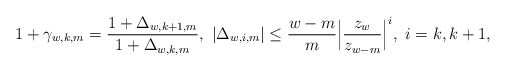
\begin{align*}1+\gamma_{w,k,m}=\frac{1+\Delta_{w,k+1,m}}{1+\Delta_{w,k,m}},~ |\Delta_{w,i,m}| \le\frac{w-m}{m}\Big|\frac{z_{w}}{z_{w-m}}\Big|^i,~i=k,k+1, \end{align*}